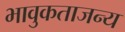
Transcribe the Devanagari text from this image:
भावुकताजन्य